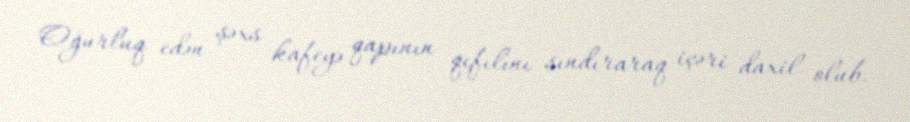
Oğurluq edən şəxs kafeyə qapının qıfılını sındıraraq içəri daxil olub.